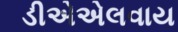
ડીએએલવાય